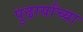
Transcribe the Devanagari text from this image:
पुढार्यांच्या